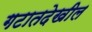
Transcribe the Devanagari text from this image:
गटातदेखील